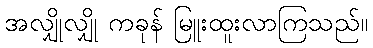
အလျှိုလျှို ကခုန် မြူးထူးလာကြသည်။